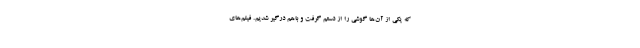
که یکی از آن‌ها گوشی را از دستم گرفت و باهم درگیر شدیم. فیلم‌های